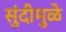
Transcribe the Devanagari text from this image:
सुंदीमुळे